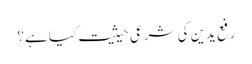
رفع یدین کی شرعی حیثیت کیا ہے؟